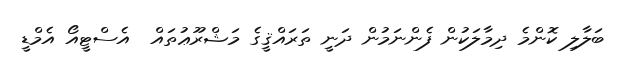
ބަލާލި ކޮންމެ ދިމާލަކުން ފެންނަމުން ދަނީ ތަރައްޤީގެ މަޝްރޫޢުތައް  އެސްޓީއޯ އެމްޑީ